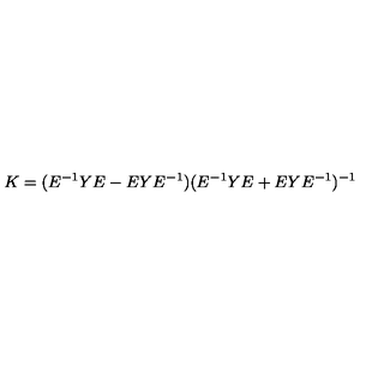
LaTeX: K = ( E ^ { - 1 } Y E - E Y E ^ { - 1 } ) ( E ^ { - 1 } Y E + E Y E ^ { - 1 } ) ^ { - 1 }